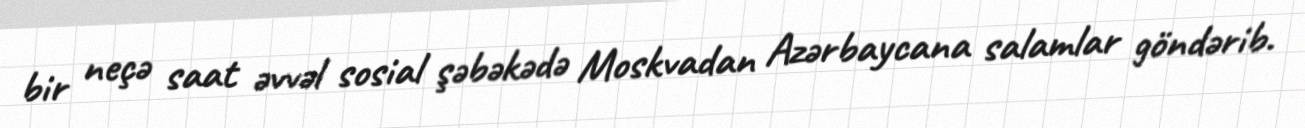
bir neçə saat əvvəl sosial şəbəkədə Moskvadan Azərbaycana salamlar göndərib.